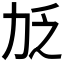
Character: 𫦧